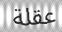
عقلة